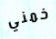
خمني